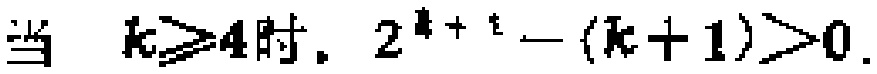
当 \(k\geq4\)时，\(2^{k + 1}-(k + 1)>0\)